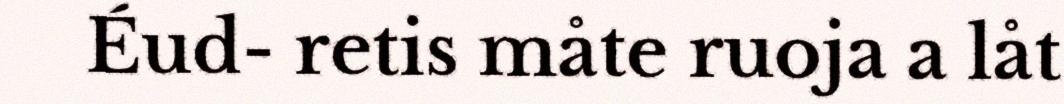
Éud- retis måte ruoja a låt